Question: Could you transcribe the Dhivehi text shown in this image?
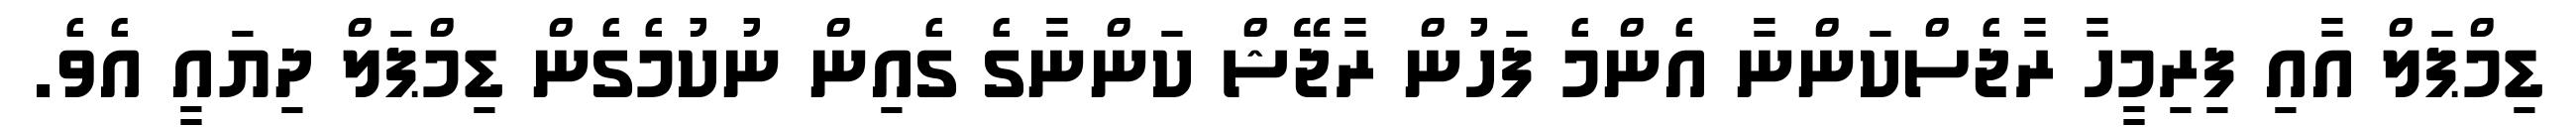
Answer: ޑިމްޕަލް އާއި ފިރިމީހާ ރާޖެސްކަންނާ އެންމެ ފަހުން ރާޖޭޝް ކަންނާގެ ގެއިން ނުކުމެގެން ޑިމްޕަލް ދިޔައީ އެވެ.